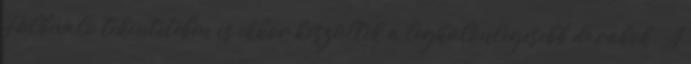
Fülbevaló tekintetében is ekkor készültek a legkülönlegesebb darabok. A